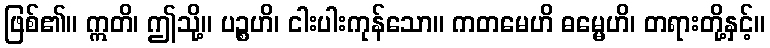
ဖြစ်၏။ ဣတိ၊ ဤသို့။ ပဉ္စဟိ၊ ငါးပါးကုန်သော။ ကတမေဟိ ဓမ္မေဟိ၊ တရားတို့နှင့်။